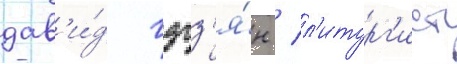
дав'и́д гзгз'я́н / л'итург'ист